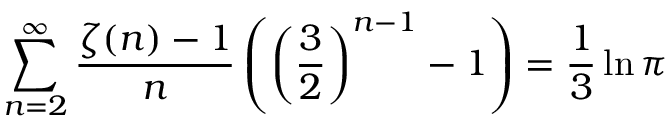
\sum _ { n = 2 } ^ { \infty } { \frac { \zeta ( n ) - 1 } { n } } \left( \left( { \frac { 3 } { 2 } } \right) ^ { n - 1 } - 1 \right) = { \frac { 1 } { 3 } } \ln \pi